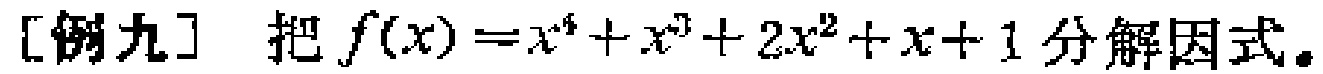
[例九] 把 \(f(x)=x^{4}+x^{3}+2x^{2}+x + 1\) 分解因式。